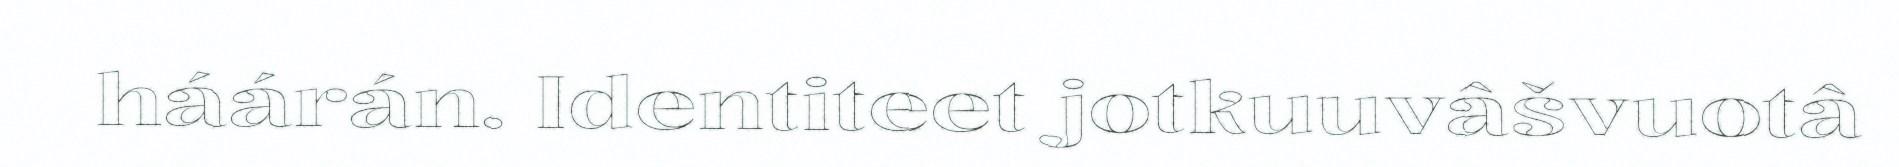
háárán. Identiteet jotkuuvâšvuotâ